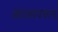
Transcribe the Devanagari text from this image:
प्रतलावरून